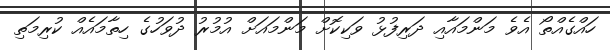
ހައްގެއްތޯ އެވެ މަންމައާއި ދަރިފުޅު ވަކިކޮށް މަންމައަށް އުމުރު ދުވަހުގެ ހިތާމައެއް ކުރިމަތި